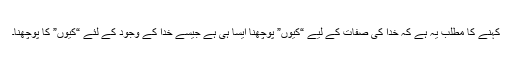
کہنے کا مطلب یہ ہے کہ خدا کی صفات کے لیے “کیوں” پوچھنا ایسا ہی ہے جیسے خدا کے وجود کے لئے “کیوں” کا پوچھنا۔